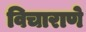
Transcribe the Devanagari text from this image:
विचाराणे